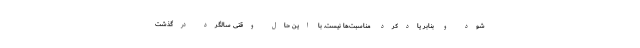
شود و بنا‌بر یادکردِ مناسبت‌ها نیست. با این حال وقتی سالگرد درگذشت